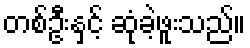
တစ်ဦးနှင့် ဆုံခဲ့ဖူးသည်။